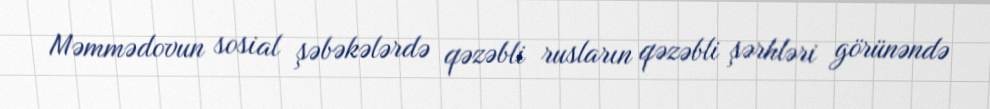
Məmmədovun sosial şəbəkələrdə qəzəbli rusların qəzəbli şərhləri görünəndə